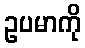
ဥပမာကို